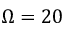
\Omega = 2 0